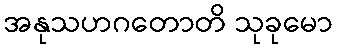
အနုသဟဂတောတိ သုခုမော